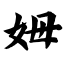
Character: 姆